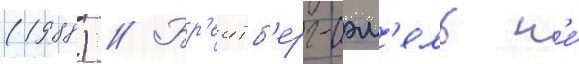
(1988) // Бр'еитб'ерг-сэм'ель н'е́